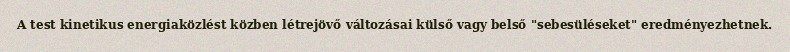
A test kinetikus energiaközlést közben létrejövő változásai külső vagy belső "sebesüléseket" eredményezhetnek.